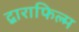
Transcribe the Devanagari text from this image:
द्वाराफिल्म